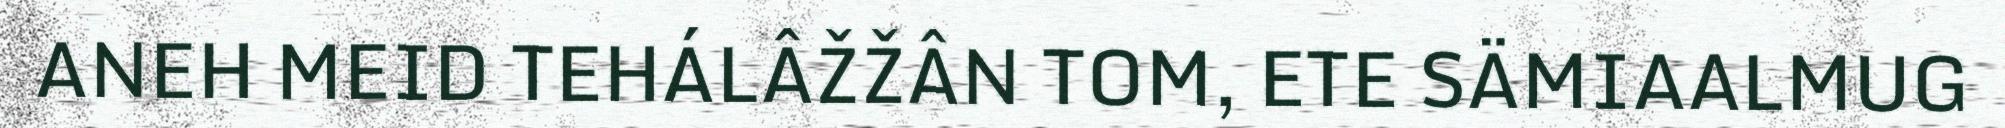
ANEH MEID TEHÁLÂŽŽÂN TOM, ETE SÄMIAALMUG